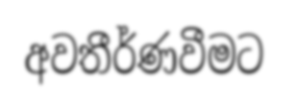
අවතීර්ණවීමට